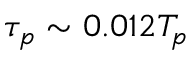
\tau _ { p } \sim 0 . 0 1 2 T _ { p }